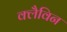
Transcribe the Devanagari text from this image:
क्लैविन